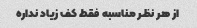
از هر نظر مناسبه فقط کف زیاد نداره